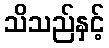
သိသည်နှင့်